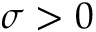
\sigma > 0